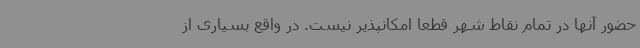
حضور آنها در تمام نقاط شهر قطعا امکانپذیر نیست. در واقع بسیاری از